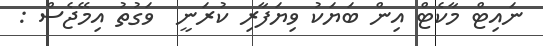
ނައިޓް މާކެޓް އިން ބަޔަކު ވިޔަފާރި ކުރަނީ  ވަގުތު އިމޭޖެސް :